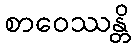
စာဝေဿန္တိ